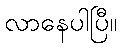
လာနေပါပြီ။